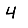
Digit: 4